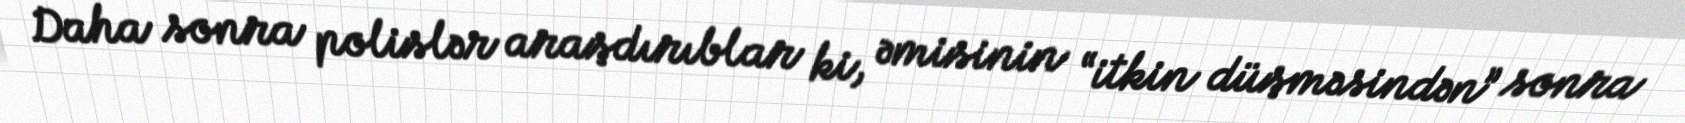
Daha sonra polislər araşdırıblar ki, əmisinin “itkin düşməsindən” sonra